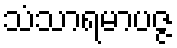
သံသာရမာပဇ္ဇ